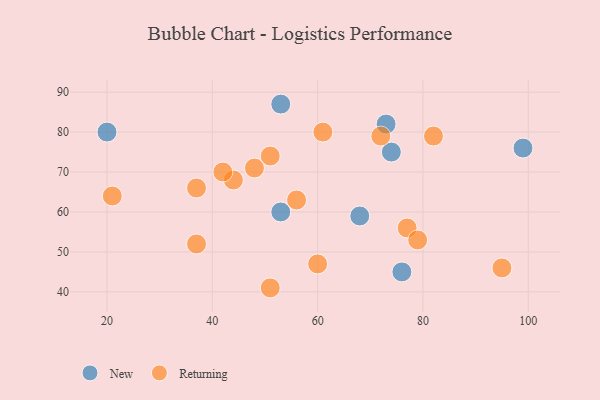
{"axis": {"x": "GDP", "y": "Life Expectancy"}, "legend": ["New", "Returning"], "data": [{"x": "99", "y": 76, "type": "New"}, {"x": "53", "y": 60, "type": "New"}, {"x": "68", "y": 59, "type": "New"}, {"x": "73", "y": 82, "type": "New"}, {"x": "20", "y": 80, "type": "New"}, {"x": "76", "y": 45, "type": "New"}, {"x": "74", "y": 75, "type": "New"}, {"x": "53", "y": 87, "type": "New"}, {"x": "77", "y": 56, "type": "Returning"}, {"x": "72", "y": 79, "type": "Returning"}, {"x": "95", "y": 46, "type": "Returning"}, {"x": "51", "y": 74, "type": "Returning"}, {"x": "61", "y": 80, "type": "Returning"}, {"x": "60", "y": 47, "type": "Returning"}, {"x": "37", "y": 66, "type": "Returning"}, {"x": "44", "y": 68, "type": "Returning"}, {"x": "79", "y": 53, "type": "Returning"}, {"x": "56", "y": 63, "type": "Returning"}, {"x": "37", "y": 52, "type": "Returning"}, {"x": "82", "y": 79, "type": "Returning"}, {"x": "48", "y": 71, "type": "Returning"}, {"x": "51", "y": 41, "type": "Returning"}, {"x": "42", "y": 70, "type": "Returning"}, {"x": "21", "y": 64, "type": "Returning"}]}